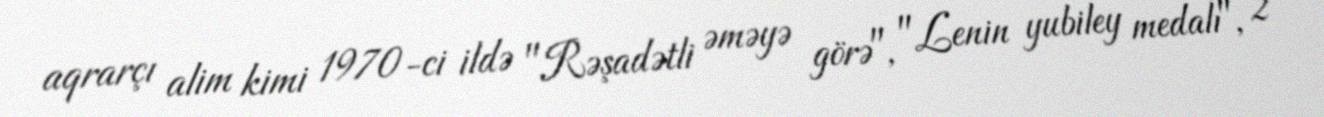
aqrarçı alim kimi 1970-ci ildə "Rəşadətli əməyə görə", "Lenin yubiley medalı", 2